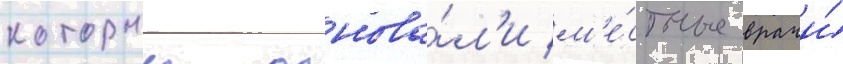
которыи основа́л'и м'е́стные врачи́